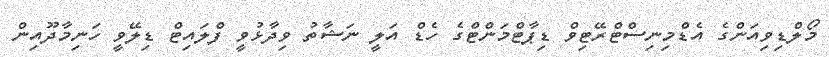
މޯލްޑިވިއަންގެ އެޑްމިނިސްޓްރޭޓިވް ޑިޕާޓްމަންޓްގެ ހެޑް އަލީ ނަޝާތު ވިދާޅުވީ ފްލައިޓް ޑިލޭވީ ހަނިމާދޫއިން